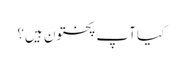
کیا آپ پختون ہیں؟